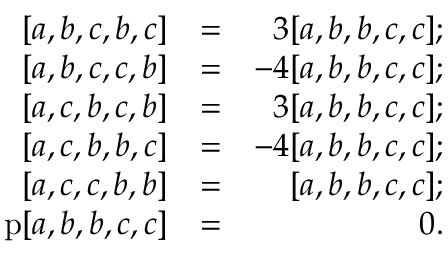
\begin{array} { r l r } { [ a , b , c , b , c ] } & { = } & { 3 [ a , b , b , c , c ] ; } \\ { \mathrm [ a , b , c , c , b ] } & { = } & { - 4 [ a , b , b , c , c ] ; } \\ { \mathrm [ a , c , b , c , b ] } & { = } & { 3 [ a , b , b , c , c ] ; } \\ { \mathrm [ a , c , b , b , c ] } & { = } & { - 4 [ a , b , b , c , c ] ; } \\ { \mathrm [ a , c , c , b , b ] } & { = } & { [ a , b , b , c , c ] ; } \\ { \mathrm p [ a , b , b , c , c ] } & { = } & { 0 . } \end{array}